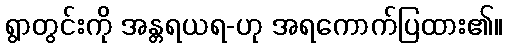
ရွာတွင်းကို အန္တရယရ-ဟု အရကောက်ပြထား၏။